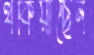
থকিয়াছেন